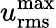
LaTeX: u_{\mathrm{rms}}^{\mathrm{max}}